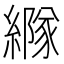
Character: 𦅭